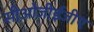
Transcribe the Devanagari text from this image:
सीओजीईजीए